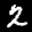
Label: 2